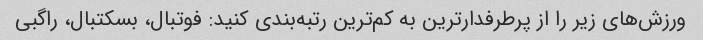
ورزش‌های زیر را از پرطرفدارترین به کم‌ترین رتبه‌بندی کنید: فوتبال، بسکتبال، راگبی